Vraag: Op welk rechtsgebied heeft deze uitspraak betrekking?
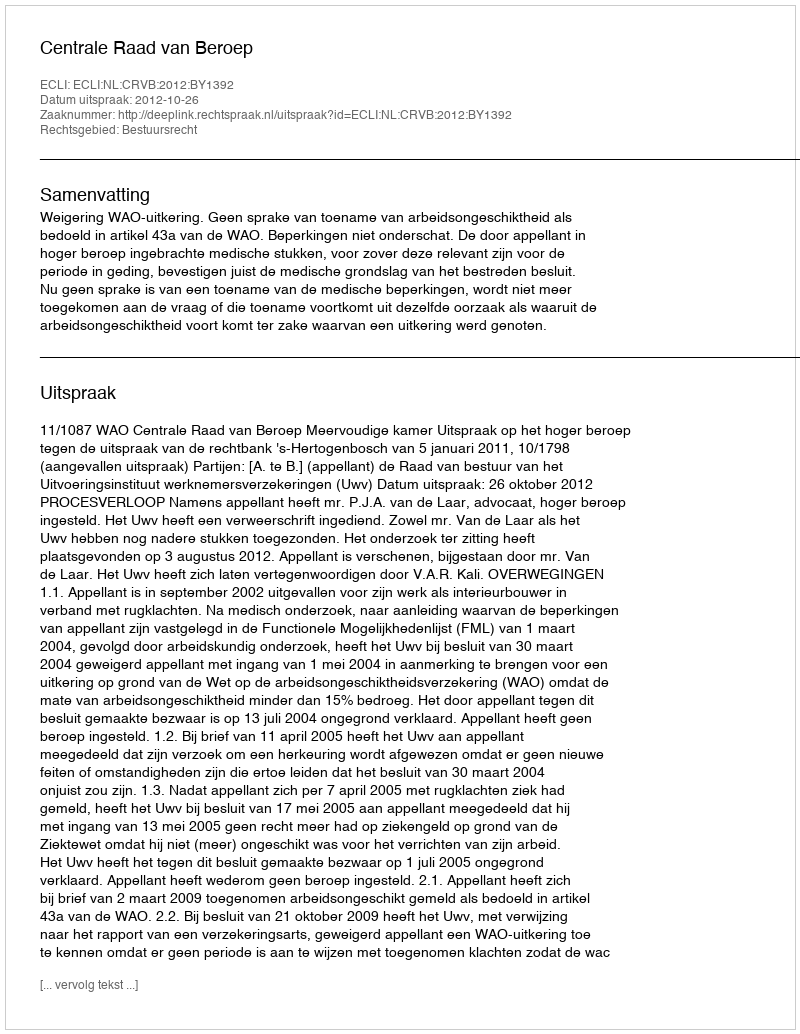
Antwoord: Bestuursrecht